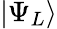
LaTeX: \left|\Psi_{L}\right\rangle